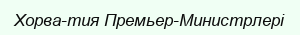
Хорва­тия Премьер-Министрлері